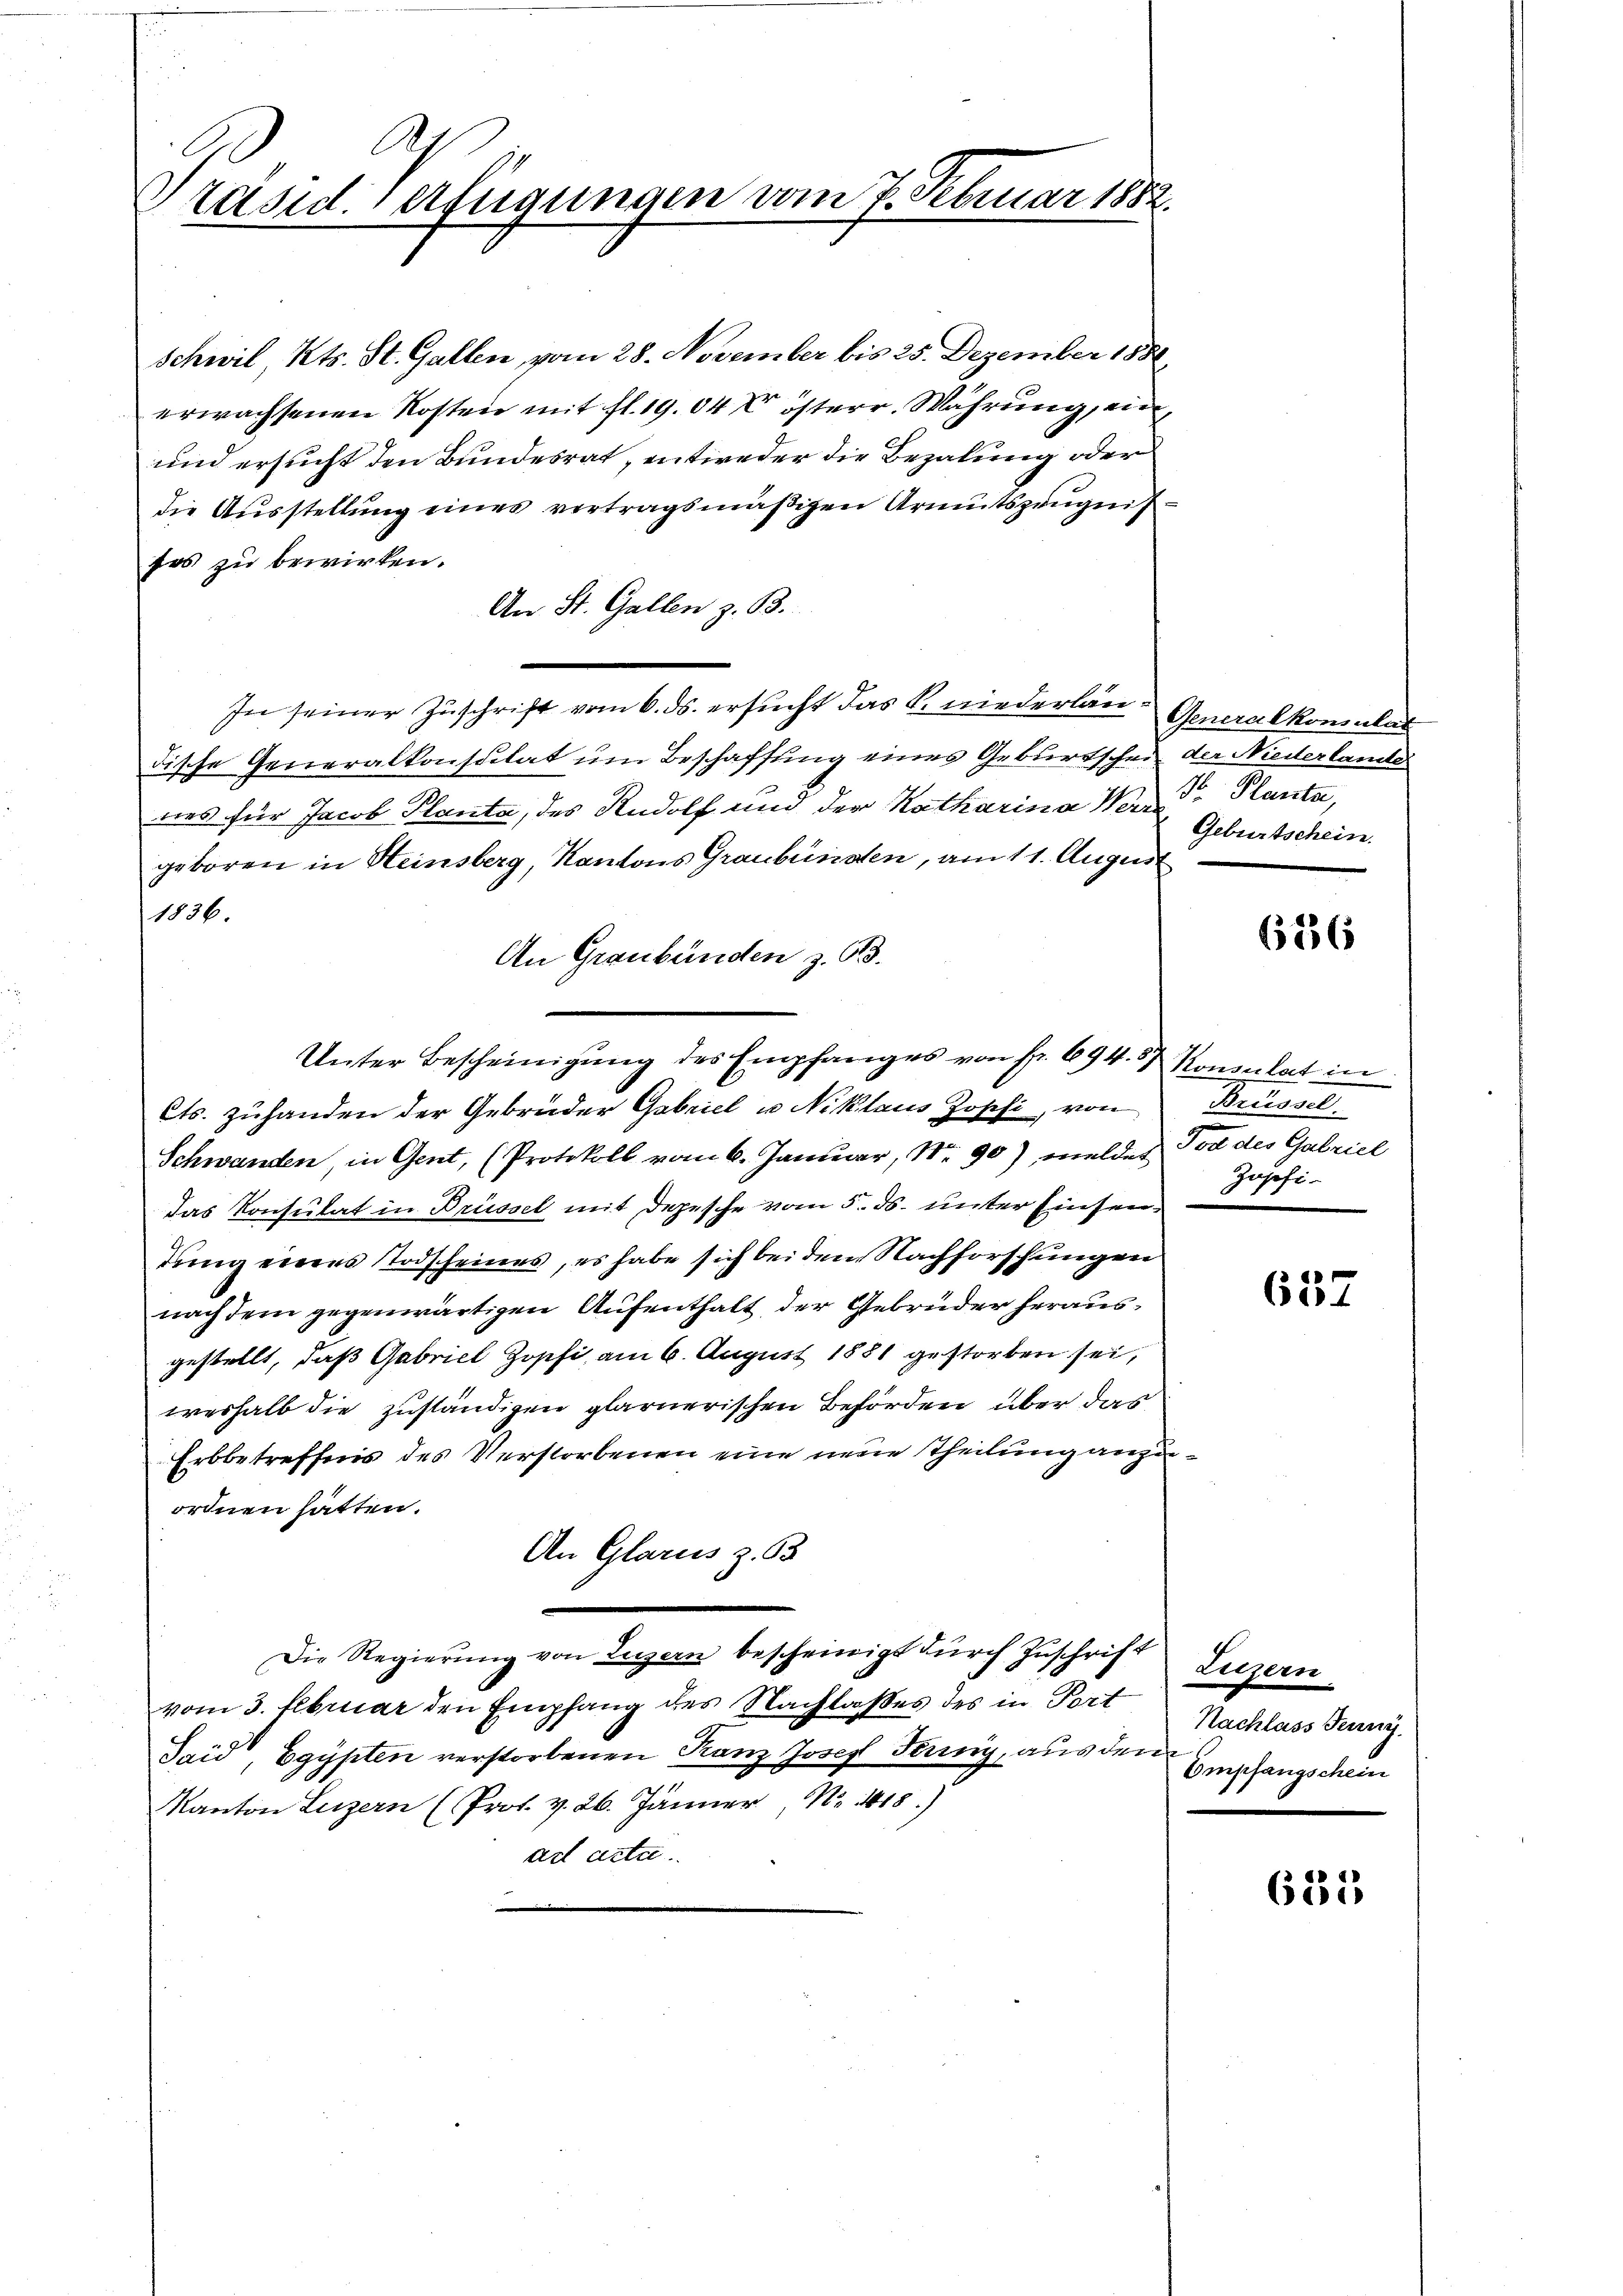
Präsid. Verfügungen vom 7. Februar 188

Schwil Kts. St. Gallen, vom 28. November bis 25. Dezember 1881,

erwachsenen Kosten mit fl. 1904 österr. Währung, ein
und ersucht den Bundesrat, entweder die Bezalung oder
die Ausstellung einer vertragsmäßigen Armutszeugnis
sos zu bewirken.
An St. Gallen z. B.
In seiner Zuschrift vom 6. ds. ersucht das K. niederlan- Generalkonsulat
dische Generalkonsulat um Beschaffung eines Geburtschei der Niederlandte
nes für Jacob Planta, des Rudolf und der Katharina Wer Planta,
geboren in Heinsberg, Kantons Graubünden, am 11. August
1836.
An Graubünden z. 93.
Schwanden, in Gent, (Protokoll vom 6. Januar, Nr. 90) melder Tod des Gabriel
das Konsulat in Brüssel mit Depesche vom 5. ds. unter Einsendung eines Todscheines, es habe sich bei dem Nachforschungen
nach dem gegenwärtigen Aufenthalt der Gebrüder herausgestellt, daß Gabriel Zopfi, am 6. August 1881 gestorben sei,
weshalb die zuständigen glarnerischen Behörden über das
Erbbetreffnis des Verstorbenen eine neue Theilung anzuordnen hätten.
An Glarus z. 63
Die Regierŭng von Luzern bescheinigt durch Zuschrift
vom 3. Februar den Empfang des Nachlaßes des in Port Nachlass Jenny.
Said, Egypten verstorbenen Kanz Josef Termig, aus den
Kanton Luzern (Pros. v. 26. Jänner, No 1018.)
act acta.

Unter Bescheinigŭng des Empfanges von fr. 694. Konsulat in
Cts. zuhanden der Gebrüder Gabriel u Niklaus Joschi, von

Geburtschein.

626

Brüssel.
Zupfi-

657

tigern
Empfangschein

631